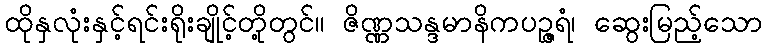
ထိုနှလုံးနှင့်ရင်းရိုးချိုင့်တို့တွင်။ ဇိဏ္ဏသန္ဒမာနိကပဉ္ဇရံ၊ ဆွေးမြည့်သော